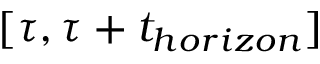
[ \tau , \tau + t _ { h o r i z o n } ]